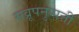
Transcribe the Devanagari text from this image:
सव्रूपनुप्पत्ती